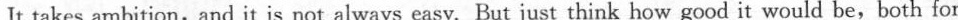
It takes ambition, and it is not always easy. But just think how good it would be,both for